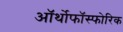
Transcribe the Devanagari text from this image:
ऑर्थोफाॅस्फोरिक